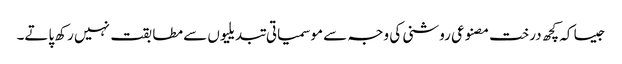
جیسا کہ کچھ درخت مصنوعی روشنی کی وجہ سے موسمیاتی تبدیلیوں سے مطابقت نہیں رکھ پاتے۔